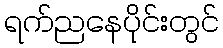
ရက်ညနေပိုင်းတွင်